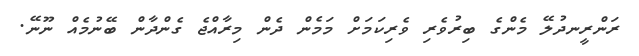
ރަންރީނދުލޭ މެންގެ ބިރުވެރި ވެރިކަމަށް މަމެން ދެން މިރާއްޖެ ގެންދާން ބޭނުމެއް ނޫނޭ.